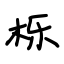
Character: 栎